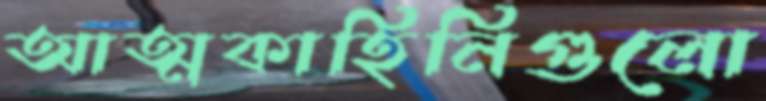
আত্মকাহিনিগুলো